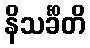
နိသင်္ခိတိ